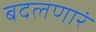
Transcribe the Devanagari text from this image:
बदलणारं